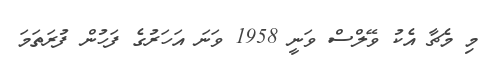
މި މެޗާ އެކު ވޭލްސް ވަނީ 1958 ވަނަ އަހަރުގެ ފަހުން ފުރަތަމަ